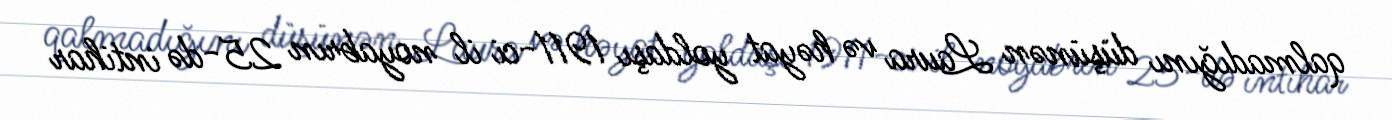
qalmadığını düşünən Laura və həyat yoldaşı 1911-ci il noyabrın 25-də intihar